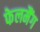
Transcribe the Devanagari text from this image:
फेलमैंग